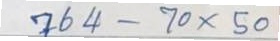
764 - 70 x 50